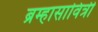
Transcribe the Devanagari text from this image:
ब्रम्हासावित्री